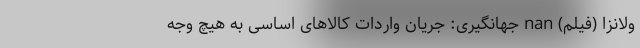
ولانزا (فیلم) nan جهانگیری: جریان واردات کالاهای اساسی به هیچ وجه